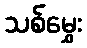
သစ်မွှေး